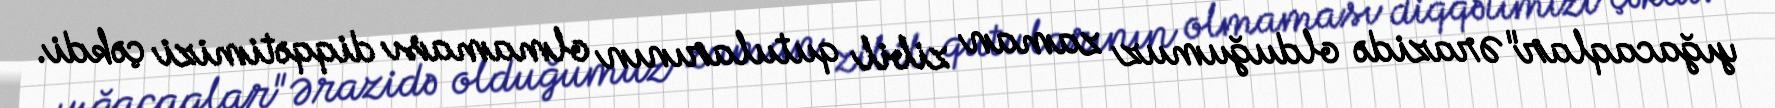
yığacaqlar"Ərazidə olduğumuz zaman zibil qutularının olmaması diqqətimizi çəkdi.